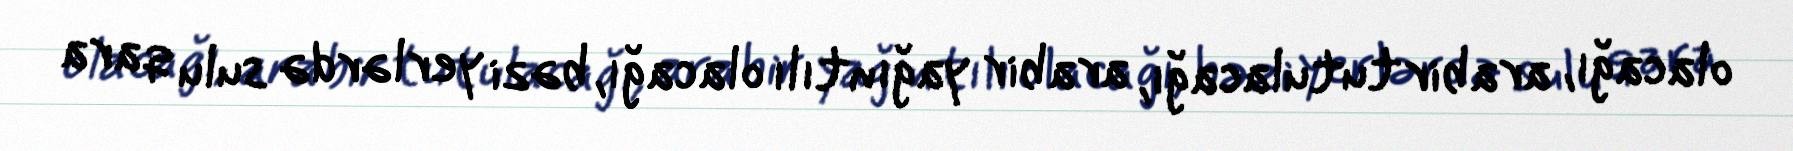
olacağı, arabir tutulacağı, arabir yağıntılı olacağı, bəzi yerlərdə sulu qara